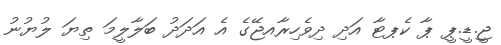
ޖީ.ޑީ.ޕީ ޕާ ކެޕޓާ އަދި ދިވެހިރާއޖޭގެ އެ އަދަދު ބަލާލީމަ ތިޔަ ލުޔުނު